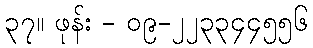
၃၇။ ဖုန်း - ၀၉-၂၂၃၃၄၄၅၅၆